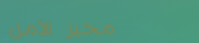
مخبز الأمل